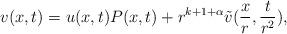
LaTeX: \begin{align*}v(x,t)= u(x, t) P(x,t) + r^{k + 1 +\alpha} \tilde v (\frac{x}{r},\frac{t}{r^2}),\end{align*}